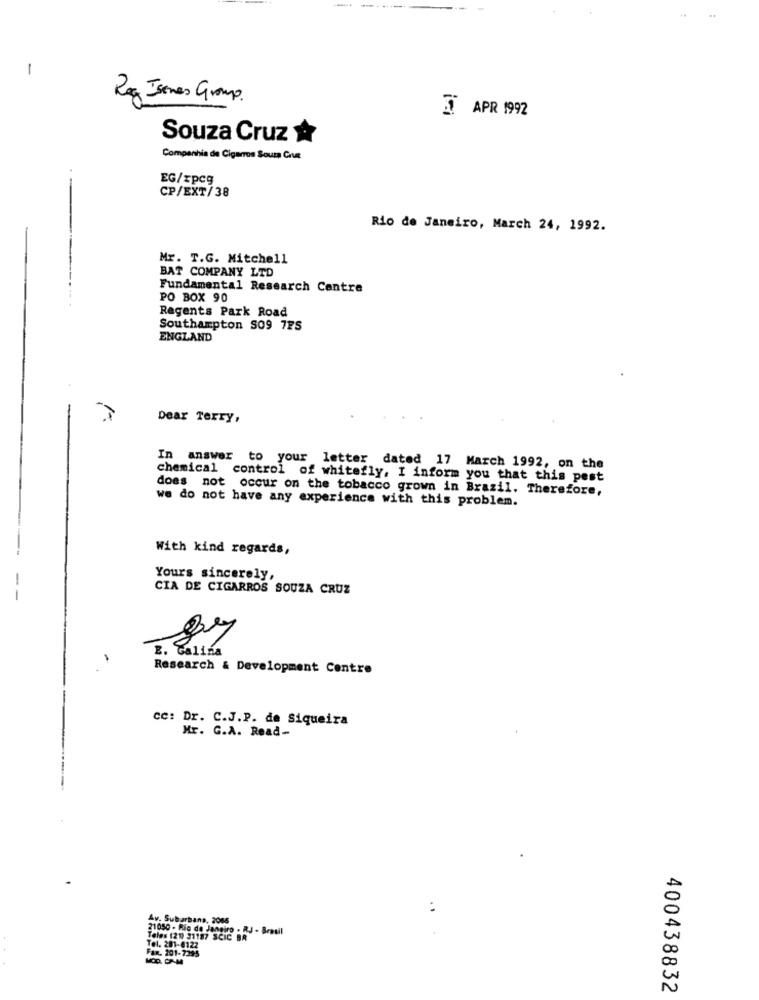
-
Reg James Group.
3 APR 1992
Souza Cruz
Companhia de Cigarros Souza Con
EG/xpcg
CP/EXT/38
Rio de Janeiro, March 24, 1992.
Mr. T.G. Mitchell
BAT COMPANY LTD
Fundamental Research Centre
PO BOX 90
Regents Park Road
Southampton S09 725
ENGLAND
Dear Terry,
In answer to your letter dated 17 March 1992, on the
chemical control of whitefly, I inform you that this pest
does not occur on the tobacco grown in Brazil. Therefore,
we do not have any experience with this problem.
With kind regards,
Yours sincerely,
CIA DE CIGARROS SOUZA CRUZ
Research & Development Centre
cc: Dr. C.J.P. de Siqueira
Mr. G.A. Read-
:
Ay. Subarbana, 2065
21050 - Rio de Janeiro . RJ - Bras
Teles 120) 31187 SCIC BR
FAR. 201-7395
Tel. 281-6122
400438832